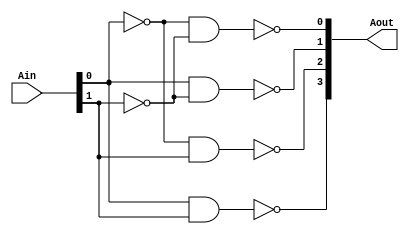
`timescale 1ns / 1ps
//////////////////////////////////////////////////////////////////////////////////
// Company: 
// Engineer: 
// 
// Design Name: 
// Module Name: dec2_4
// Project Name: 
// Target Devices: 
// Tool Versions: 
// Description: 
// 
// Dependencies: 
// 
// Revision:
// Revision 0.01 - File Created
// Additional Comments:
// 
//////////////////////////////////////////////////////////////////////////////////


module dec2_4(Ain, Aout);
    input [1:0] Ain;
    output [3:0] Aout;
    
    assign Aout[0] = ~(~Ain[0] && ~Ain[1]);
    assign Aout[1] = ~(Ain[0] && ~Ain[1]);
    assign Aout[2] = ~(~Ain[0] && Ain[1]);
    assign Aout[3] = ~(Ain[0] && Ain[1]);
endmodule